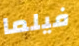
فيلما